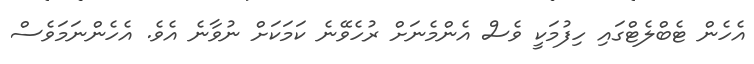
އެހެން ޓެބްލެޓްގައި ހިފުމަކީ ވެސް އެންމެނަށް ރުހެވޭނެ ކަމަކަށް ނުވާނެ އެވެ. އެހެންނަަމަވެސް